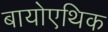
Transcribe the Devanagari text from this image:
बायोएथिक